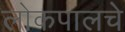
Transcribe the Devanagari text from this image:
लोकपालचे